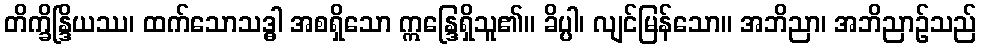
တိက္ခိန္ဒြိယဿ၊ ထက်သောသဒ္ဓါ အစရှိသော ဣန္ဒြေရှိသူ၏။ ခိပ္ပါ၊ လျင်မြန်သော။ အဘိညာ၊ အဘိညာဉ်သည်